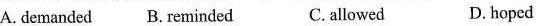
A. demanded B. reminded C. allowed D. hoped